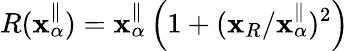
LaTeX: R(\mathbf{x}_{\alpha}^{\parallel})=\mathbf{x}_{\alpha}^{\parallel}\left(1+(\mathbf{x}_{R}/\mathbf{x}_{\alpha}^{\parallel})^{2}\right)